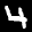
Label: 4